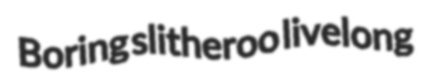
Boring slitheroo livelong